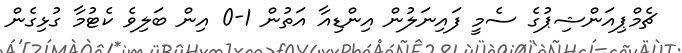
ޗެމްޕިއަންޝިޕުގެ ސެމީ ފައިނަލުން އިންޑިއާ އަތުން 1-0 އިން ބަލިވެ ކެޓުމާ ގުޅިގެން